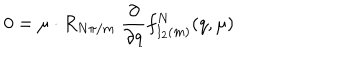
LaTeX: 0 = \mu \cdot R _ { { N \pi } / m } \ { \frac { \partial } { \partial q } } f _ { I _ { 2 } ( m ) } ^ { N } ( q , \mu )